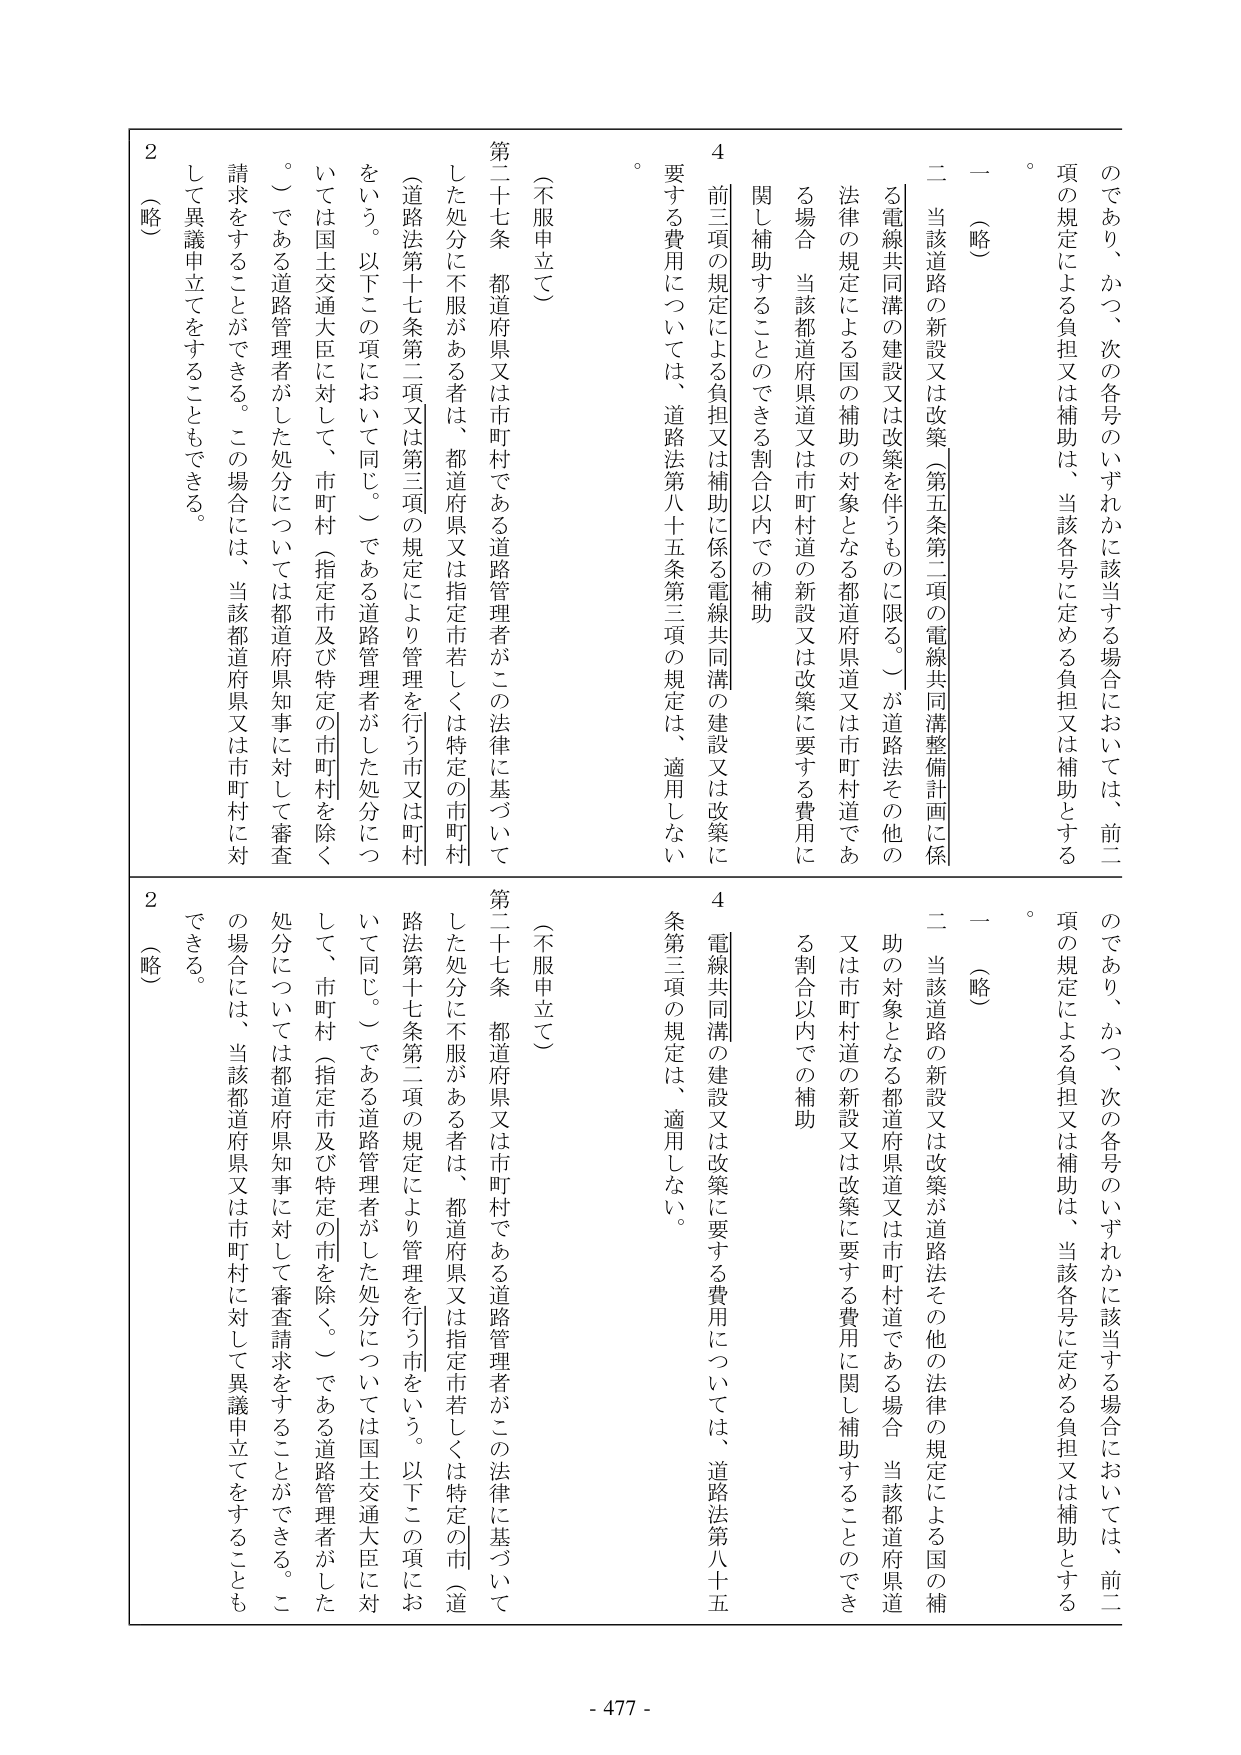
のであり、かつ、次の各号のいずれかに該当する場合においては、前二項の規定による負担又は補助は、当該各号に定める負担又は補助とする。

一（略）

二 当該道路の新設又は改築（第五条第二項の電線共同溝整備計画に係る電線共同溝の建設又は改築を伴うものに限る。）が道路法その他の法律の規定による国の補助の対象となる都道府県道又は市町村道である場合、当該都道府県道又は市町村道の新設又は改築に要する費用に関して補助することのできる割合以内での補助

4 前三項の規定による負担又は補助に係る電線共同溝の建設又は改築に要する費用については、道路法第八十五条第三項の規定は、適用しない。

（不服申立て）

第二十七条 都道府県又は市町村である道路管理者がこの法律に基づいてした処分に不服がある者は、都道府県又は指定市若しくは特定の市町村（道路法第十七条第二項又は第三項の規定により管理を行う市又は町村をいう。以下この項において同じ。）である道路管理者がした処分については国土交通大臣に対して、市町村（指定市及び特定の市町村を除く。）である道路管理者がした処分については都道府県知事に対して審査請求をすることができる。この場合には、当該都道府県又は市町村に対して異議申立てをすることもできる。

2（略）

のであり、かつ、次の各号のいずれかに該当する場合においては、前二項の規定による負担又は補助は、当該各号に定める負担又は補助とする。

一（略）

二 当該道路の新設又は改築が道路法その他の法律の規定による国の補助の対象となる都道府県道又は市町村道である場合、当該都道府県道又は市町村道の新設又は改築に要する費用に関して補助することのできる割合以内での補助

4 電線共同溝の建設又は改築に要する費用については、道路法第八十五条第三項の規定は、適用しない。

（不服申立て）

第二十七条 都道府県又は市町村である道路管理者がこの法律に基づいてした処分に不服がある者は、都道府県又は指定市若しくは特定の市（道路法第十七条第二項の規定により管理を行う市をいう。以下この項において同じ。）である道路管理者がした処分については国土交通大臣に対して、市町村（指定市及び特定の市を除く。）である道路管理者がした処分については都道府県知事に対して審査請求をすることができる。この場合には、当該都道府県又は市町村に対して異議申立てをすることもできる。

2（略）

- 477 -